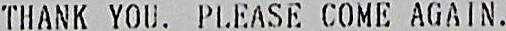
THANK YOU. PLEASE COME AGAIN.